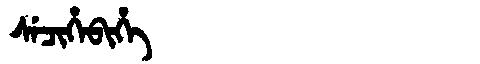
Manchu: ᠰᡝᠴᡳᡥᡝᠪᡳᡥᡝ
Romanization: SECIHEBIHE